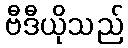
ဗီဒီယိုသည်